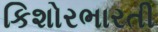
કિશોરભારતી